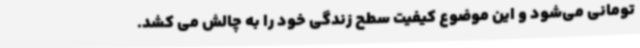
تومانی می‌شود و این موضوع کیفیت سطح زندگی خود را به چالش می کشد.